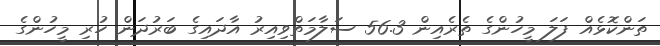
ތަންކޮޅެއް ފަލަ މީހުންގެ ތެރެއިން 56.3 ސަލާމަތްވިއިރު އާދައިގެ ބަރުދަން ހުރި މީހުންގެ